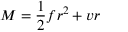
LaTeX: M = { \frac { 1 } { 2 } } f r ^ { 2 } + v r